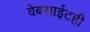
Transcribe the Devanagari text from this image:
वेबसाईटही